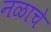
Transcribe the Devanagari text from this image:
नळाचे